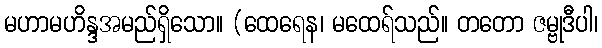
မဟာမဟိန္ဒအမည်ရှိသော။ (ထေရေန၊ မထေရ်သည်။ တတော ဇမ္ဗုဒီပါ၊